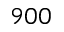
9 0 0